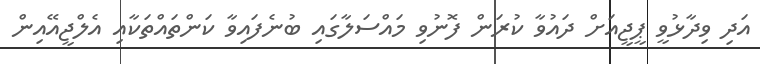
އަދި ވިދާޅުވީ ޕީޖީއަށް ދައުވާ ކުރަން ފޮނުވި މައްސަލާގައި ބުނެފައިވާ ކަންތައްތަކާއި އެލްޖީއޭއިން